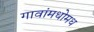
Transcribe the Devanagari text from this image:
गावांमधोमध